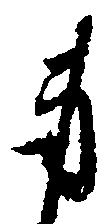
身